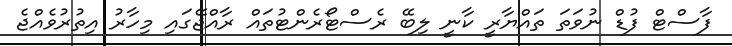
ފާސްޓް ފުޑް ނުވަތަ ތައްޔާރީ ކާނީ ލިބޭ ރެސްޓޯރެންޓުތައް ރާއްޖޭގައި މިހާރު އިތުރުވެއްޖެ